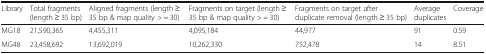
<table><thead><tr><td><b>Library</b></td><td><b>Total fragments (length ≥ 35 bp)</b></td><td><b>Aligned fragments (length ≥ 35 bp &amp; map quality &gt; = 30)</b></td><td><b>Fragments on target (length ≥ 35 bp &amp; map quality &gt; = 30)</b></td><td><b>Fragments on target after duplicate removal (length ≥ 35 bp)</b></td><td><b>Average duplicates</b></td><td><b>Coverage</b></td></tr></thead><tbody><tr><td>MG18</td><td>21,590,365</td><td>4,455,311</td><td>4,095,184</td><td>44,977</td><td>91</td><td>0.59</td></tr><tr><td>MG48</td><td>23,458,692</td><td>13,692,019</td><td>10,262,330</td><td>752,478</td><td>14</td><td>8.51</td></tr></tbody></table>